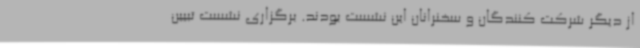
از دیگر شرکت کنندگان و سخنرانان این نشست بودند. برگزاری نشست تبیین